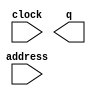
// megafunction wizard: %ROM: 1-PORT%VBB%
// GENERATION: STANDARD
// VERSION: WM1.0
// MODULE: altsyncram 

// ============================================================
// Megafunction Name(s):
// 			altsyncram
//
// Simulation Library Files(s):
// 			altera_mf
// ============================================================
// ************************************************************
// THIS IS A WIZARD-GENERATED FILE. DO NOT EDIT THIS FILE!
//
// 20.1.1 Build 720 11/11/2020 SJ Lite Edition
// ************************************************************

//Copyright (C) 2020  Intel Corporation. All rights reserved.
//Your use of Intel Corporation's design tools, logic functions 
//and other software and tools, and any partner logic 
//functions, and any output files from any of the foregoing 
//(including device programming or simulation files), and any 
//associated documentation or information are expressly subject 
//to the terms and conditions of the Intel Program License 
//Subscription Agreement, the Intel Quartus Prime License Agreement,
//the Intel FPGA IP License Agreement, or other applicable license
//agreement, including, without limitation, that your use is for
//the sole purpose of programming logic devices manufactured by
//Intel and sold by Intel or its authorized distributors.  Please
//refer to the applicable agreement for further details, at
//https://fpgasoftware.intel.com/eula.

module cong1pic (
	address,
	clock,
	q);

	input	[15:0]  address;
	input	  clock;
	output	[1:0]  q;
`ifndef ALTERA_RESERVED_QIS
// synopsys translate_off
`endif
	tri1	  clock;
`ifndef ALTERA_RESERVED_QIS
// synopsys translate_on
`endif

endmodule

// ============================================================
// CNX file retrieval info
// ============================================================
// Retrieval info: PRIVATE: ADDRESSSTALL_A NUMERIC "0"
// Retrieval info: PRIVATE: AclrAddr NUMERIC "0"
// Retrieval info: PRIVATE: AclrByte NUMERIC "0"
// Retrieval info: PRIVATE: AclrOutput NUMERIC "0"
// Retrieval info: PRIVATE: BYTE_ENABLE NUMERIC "0"
// Retrieval info: PRIVATE: BYTE_SIZE NUMERIC "8"
// Retrieval info: PRIVATE: BlankMemory NUMERIC "0"
// Retrieval info: PRIVATE: CLOCK_ENABLE_INPUT_A NUMERIC "0"
// Retrieval info: PRIVATE: CLOCK_ENABLE_OUTPUT_A NUMERIC "0"
// Retrieval info: PRIVATE: Clken NUMERIC "0"
// Retrieval info: PRIVATE: IMPLEMENT_IN_LES NUMERIC "0"
// Retrieval info: PRIVATE: INIT_FILE_LAYOUT STRING "PORT_A"
// Retrieval info: PRIVATE: INIT_TO_SIM_X NUMERIC "0"
// Retrieval info: PRIVATE: INTENDED_DEVICE_FAMILY STRING "Cyclone IV E"
// Retrieval info: PRIVATE: JTAG_ENABLED NUMERIC "0"
// Retrieval info: PRIVATE: JTAG_ID STRING "NONE"
// Retrieval info: PRIVATE: MAXIMUM_DEPTH NUMERIC "0"
// Retrieval info: PRIVATE: MIFfilename STRING "../img2mif/mif/cong1.mif"
// Retrieval info: PRIVATE: NUMWORDS_A NUMERIC "65536"
// Retrieval info: PRIVATE: RAM_BLOCK_TYPE NUMERIC "0"
// Retrieval info: PRIVATE: RegAddr NUMERIC "1"
// Retrieval info: PRIVATE: RegOutput NUMERIC "0"
// Retrieval info: PRIVATE: SYNTH_WRAPPER_GEN_POSTFIX STRING "0"
// Retrieval info: PRIVATE: SingleClock NUMERIC "1"
// Retrieval info: PRIVATE: UseDQRAM NUMERIC "0"
// Retrieval info: PRIVATE: WidthAddr NUMERIC "16"
// Retrieval info: PRIVATE: WidthData NUMERIC "2"
// Retrieval info: PRIVATE: rden NUMERIC "0"
// Retrieval info: LIBRARY: altera_mf altera_mf.altera_mf_components.all
// Retrieval info: CONSTANT: ADDRESS_ACLR_A STRING "NONE"
// Retrieval info: CONSTANT: CLOCK_ENABLE_INPUT_A STRING "BYPASS"
// Retrieval info: CONSTANT: CLOCK_ENABLE_OUTPUT_A STRING "BYPASS"
// Retrieval info: CONSTANT: INIT_FILE STRING "../img2mif/mif/cong1.mif"
// Retrieval info: CONSTANT: INTENDED_DEVICE_FAMILY STRING "Cyclone IV E"
// Retrieval info: CONSTANT: LPM_HINT STRING "ENABLE_RUNTIME_MOD=NO"
// Retrieval info: CONSTANT: LPM_TYPE STRING "altsyncram"
// Retrieval info: CONSTANT: NUMWORDS_A NUMERIC "65536"
// Retrieval info: CONSTANT: OPERATION_MODE STRING "ROM"
// Retrieval info: CONSTANT: OUTDATA_ACLR_A STRING "NONE"
// Retrieval info: CONSTANT: OUTDATA_REG_A STRING "UNREGISTERED"
// Retrieval info: CONSTANT: WIDTHAD_A NUMERIC "16"
// Retrieval info: CONSTANT: WIDTH_A NUMERIC "2"
// Retrieval info: CONSTANT: WIDTH_BYTEENA_A NUMERIC "1"
// Retrieval info: USED_PORT: address 0 0 16 0 INPUT NODEFVAL "address[15..0]"
// Retrieval info: USED_PORT: clock 0 0 0 0 INPUT VCC "clock"
// Retrieval info: USED_PORT: q 0 0 2 0 OUTPUT NODEFVAL "q[1..0]"
// Retrieval info: CONNECT: @address_a 0 0 16 0 address 0 0 16 0
// Retrieval info: CONNECT: @clock0 0 0 0 0 clock 0 0 0 0
// Retrieval info: CONNECT: q 0 0 2 0 @q_a 0 0 2 0
// Retrieval info: GEN_FILE: TYPE_NORMAL cong1pic.v TRUE
// Retrieval info: GEN_FILE: TYPE_NORMAL cong1pic.inc FALSE
// Retrieval info: GEN_FILE: TYPE_NORMAL cong1pic.cmp FALSE
// Retrieval info: GEN_FILE: TYPE_NORMAL cong1pic.bsf FALSE
// Retrieval info: GEN_FILE: TYPE_NORMAL cong1pic_inst.v FALSE
// Retrieval info: GEN_FILE: TYPE_NORMAL cong1pic_bb.v TRUE
// Retrieval info: LIB_FILE: altera_mf